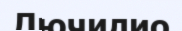
Лючилио